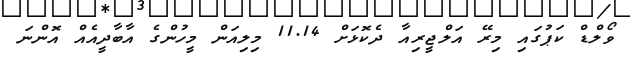
ވޯލްޑް ކަޕުގައި މިރޭ އަލްޖީރިއާ ދެކޮޅަށް 11.14 މިލިއަން މީހުންގެ އާބާދީއެއް އޮންނަ